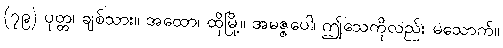
(၇၉) ပုတ္တ၊ ချစ်သား။ အထော၊ ထိုမြို့။ အမဇ္ဇပေါ၊ ဤသေကိုလည်း မသောက်။